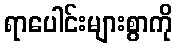
ရာပေါင်းများစွာကို